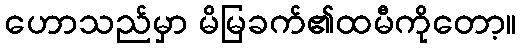
ဟောသည်မှာ မိမြခက်၏ထမီကိုတော့။